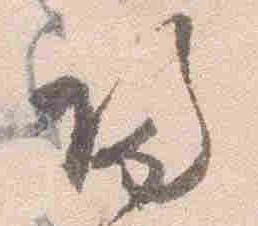
帰